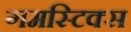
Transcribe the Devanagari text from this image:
गमस्टिक्स